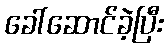
ခေါ်ဆောင်ခဲ့ပြီး